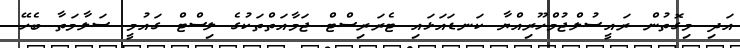
އަދި މިގޮތުން ރައީސުލްޖުމްހޫރިއްޔާ ކަނޑައަޅައި ޓެރަރިސްޓް ޖަމާއަތްތަކުގެ ލިސްޓް ގައުމީ ސަލާމަތާ ބެހޭ